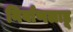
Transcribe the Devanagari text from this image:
निर्वाणलाडू